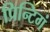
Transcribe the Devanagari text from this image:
प्रिन्टिगं